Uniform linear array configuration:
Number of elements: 4
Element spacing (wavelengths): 1
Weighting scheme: binomial
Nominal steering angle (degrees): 45
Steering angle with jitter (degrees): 44.751
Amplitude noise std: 0.05
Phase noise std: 0.05

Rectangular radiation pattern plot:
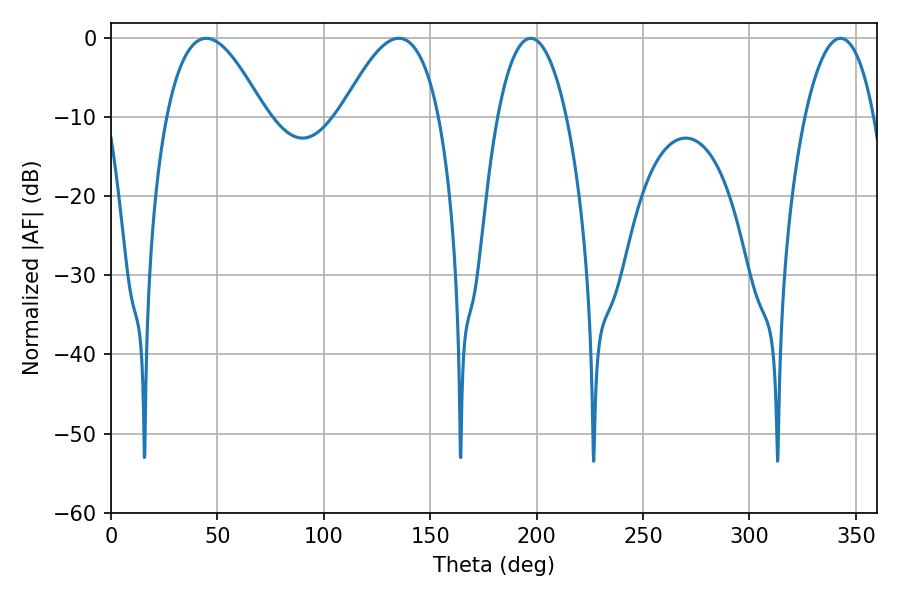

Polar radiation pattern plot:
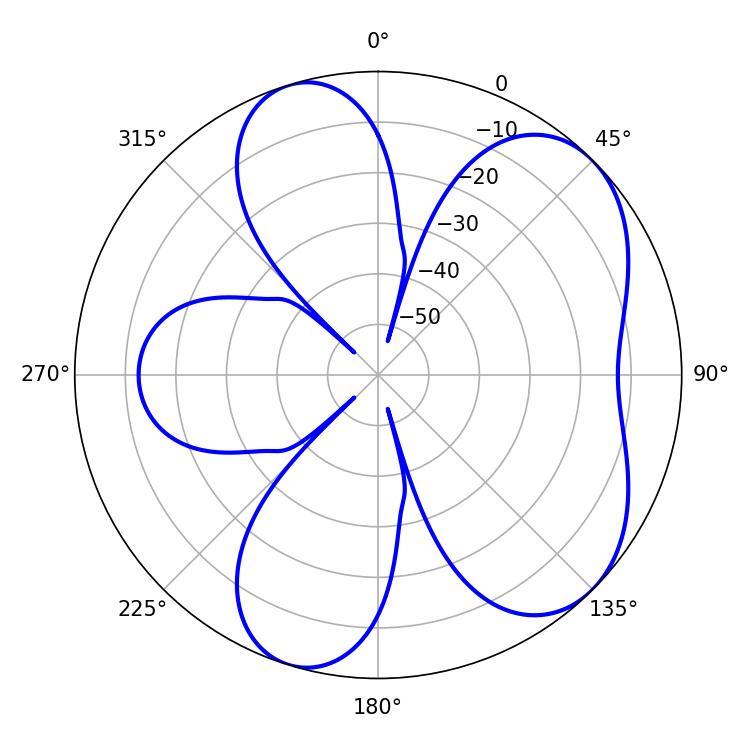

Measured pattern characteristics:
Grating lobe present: TRUE
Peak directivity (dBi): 6.102
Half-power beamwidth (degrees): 25.2
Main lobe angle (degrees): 44.82